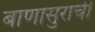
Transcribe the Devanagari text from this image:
बाणासुराची